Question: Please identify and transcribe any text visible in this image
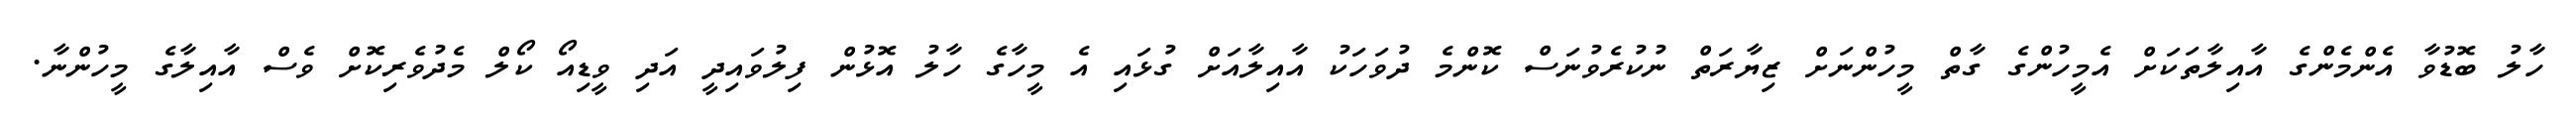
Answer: ހާލު ބޮޑުވާ އެންމެންގެ އާއިލާތަކަށް އެމީހުންގެ ގާތް މީހުންނަށް ޒިޔާރަތް ނުކުރެވުނަސް ކޮންމެ ދުވަހަކު އާއިލާއަށް ގުޅައި އެ މީހާގެ ހާލު އޮޅުން ފިލުވައިދީ އަދި ވީޑިއޯ ކޯލް މެދުވެރިކޮށް ވެސް އާއިލާގެ މީހުންނާ.